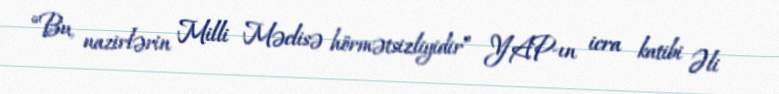
“Bu, nazirlərin Milli Məclisə hörmətsizliyidir” YAP-ın icra katibi Əli